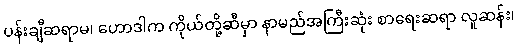
ပန်းချီဆရာမ၊ ဟောဒါက ကိုယ်တို့ဆီမှာ နာမည်အကြီးဆုံး စာရေးဆရာ လူဆန်း၊